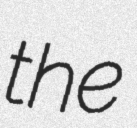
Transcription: the